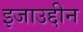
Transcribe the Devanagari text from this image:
इजाउद्दीन